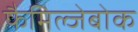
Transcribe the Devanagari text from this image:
फैमिल्जेबोक